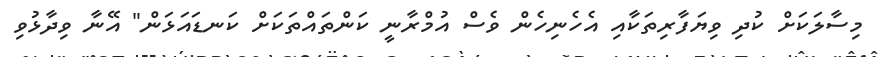
މިސާލަކަށް ކުދި ވިޔަފާރިތަކާއި އެހެނިހެން ވެސް އުމްރާނީ ކަންތައްތަކަށް ކަނޑައަޅަން" އޭނާ ވިދާޅުވި